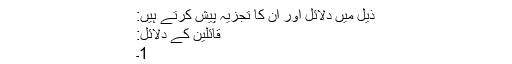
ذیل میں دلائل اور ان کا تجزیہ پیش کرتے ہیں:
قائلین کے دلائل:
1۔